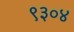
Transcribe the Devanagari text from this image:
९३०४